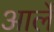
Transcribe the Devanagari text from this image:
आर्ले